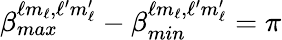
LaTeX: \beta_{max}^{\ell m_{\ell},\ell^{\prime}m_{\ell}^{\prime}}-\beta_{min}^{\ell m_{\ell},\ell^{\prime}m_{\ell}^{\prime}}=\pi